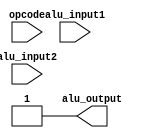
`timescale 1ns / 1ns

module alu#(
	    parameter NOPE = 0,
	    parameter LOADI = 1,
	    parameter LOAD = 2,
	    parameter STORE = 3,
	    parameter INC = 4,
	    parameter DEC = 5,
	    parameter SNIB = 6,
	    parameter SNIE = 7,
	    parameter MOVE = 8,
	    parameter BUN = 9,
	    parameter HALT = 10,
	    parameter SNIEV = 11,
	    parameter SNIOD = 12,
	    parameter RESET = 13,
	    parameter ADD = 14,
	    parameter SNIZ = 15,

	    parameter OPCODE_WIDTH = 1,
	    parameter WIDTH =1
	    )(
	      input [OPCODE_WIDTH-1:0] opcode,
	      input [WIDTH-1:0]        alu_input1,
	      input [WIDTH-1:0]        alu_input2,
	      output reg [WIDTH-1:0]   alu_output	
	      );


   always @(*)
     begin
	alu_output = 16'hffff; // defualt
	case(opcode)
	  NOPE: begin
	  end
	  STORE: begin 
	     alu_output = alu_input1;
	  end
	  INC: begin
	     alu_output = alu_input1 + 1;
	  end
	  DEC: begin
	     alu_output = alu_input1 - 1;
	  end
	  SNIB: begin
	     alu_output[15] =(alu_input1 > alu_input2);
	  end
	  SNIE: begin
	     alu_output[15] = (alu_input1 == alu_input2);
	  end
	  MOVE: begin
	     alu_output = alu_input2;
	  end
	  SNIEV: begin
	     alu_output[15] = (alu_input1 % 2 == 0);
	  end
	  SNIOD: begin
	     alu_output[15] = (alu_input1 % 2 == 1);
	  end
	  RESET: begin
	     alu_output = 0;
	  end
	  ADD: begin
	     alu_output = alu_input1 + alu_input2;
	  end
	  SNIZ: begin
	     alu_output[15] = (alu_input1 == 0);
	  end
	  
	  
	  default: begin
	  end 
	endcase // case (opcode)
     end // always @ (*)
   
  
   
   
endmodule // alu